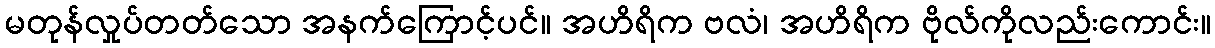
မတုန်လှုပ်တတ်သော အနက်ကြောင့်ပင်။ အဟိရိက ဗလံ၊ အဟိရိက ဗိုလ်ကိုလည်းကောင်း။